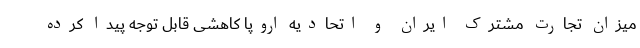
میزان تجارت مشترک ایران و اتحادیه اروپا کاهشی قابل توجه پیدا کرده